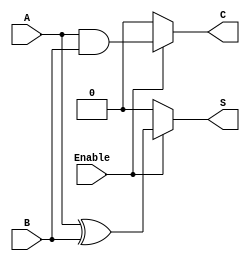
module conditional_half_adder (
    input wire A,       // First input bit
    input wire B,       // Second input bit
    input wire Enable,  // Control signal
    output wire S,      // Sum output
    output wire C       // Carry output
);

// Combinational logic for Conditional Half-Adder
assign S = (Enable) ? (A ^ B) : 1'b0;  // Sum is A XOR B when enabled, else 0
assign C = (Enable) ? (A & B) : 1'b0;  // Carry is A AND B when enabled, else 0

endmodule